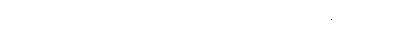
ဗဟုလီကတာယ၊ အကြိမ်များစွာပြုအပ်သည်ရှိသော်။ ယာနိကတာယ၊